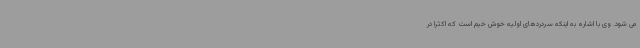
می شود. وی با اشاره به اینکه سردردهای اولیه خوش خیم است که اکثرا در